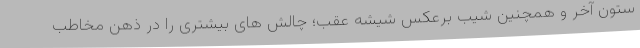
ستون آخر و همچنین شیب برعکس شیشه عقب؛ چالش های بیشتری را در ذهن مخاطب